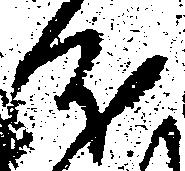
分